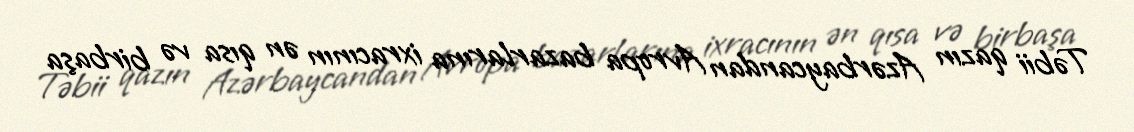
Təbii qazın Azərbaycandan Avropa bazarlarına ixracının ən qısa və birbaşa